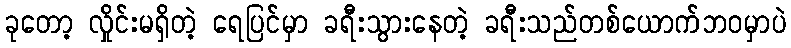
ခုတော့ လှိုင်းမရှိတဲ့ ရေပြင်မှာ ခရီးသွားနေတဲ့ ခရီးသည်တစ်ယောက်ဘဝမှာပဲ